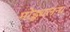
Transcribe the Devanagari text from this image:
मोड्यूलना